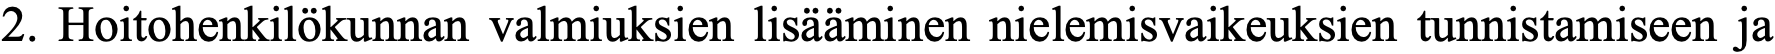
2. Hoitohenkilökunnan valmiuksien lisääminen nielemisvaikeuksien tunnistamiseen ja